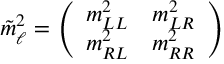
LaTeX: \tilde { m } _ { \ell } ^ { 2 } = \left( \begin{array} { c c } { { m _ { L L } ^ { 2 } } } & { { m _ { L R } ^ { 2 } } } \\ { { m _ { R L } ^ { 2 } } } & { { m _ { R R } ^ { 2 } } } \end{array} \right)